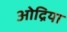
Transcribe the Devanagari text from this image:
ओद्रिया